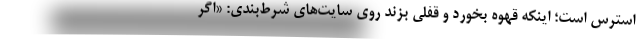
استرس است؛ اینکه قهوه بخورد و قفلی بزند روی سایت‌های شرط‌بندی: «اگر